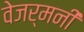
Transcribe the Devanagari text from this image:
वेजर्मनी